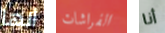
أنها الفراشات أنا